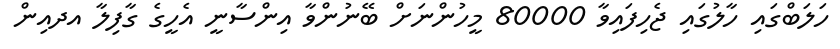
ހަލަބްގައި ހާލުގައި ޖެހިފައިވާ 80000 މީހުންނަށް ބޭނުންވާ އިންސާނީ އެހީގެ ގާފިލާ އދއިން